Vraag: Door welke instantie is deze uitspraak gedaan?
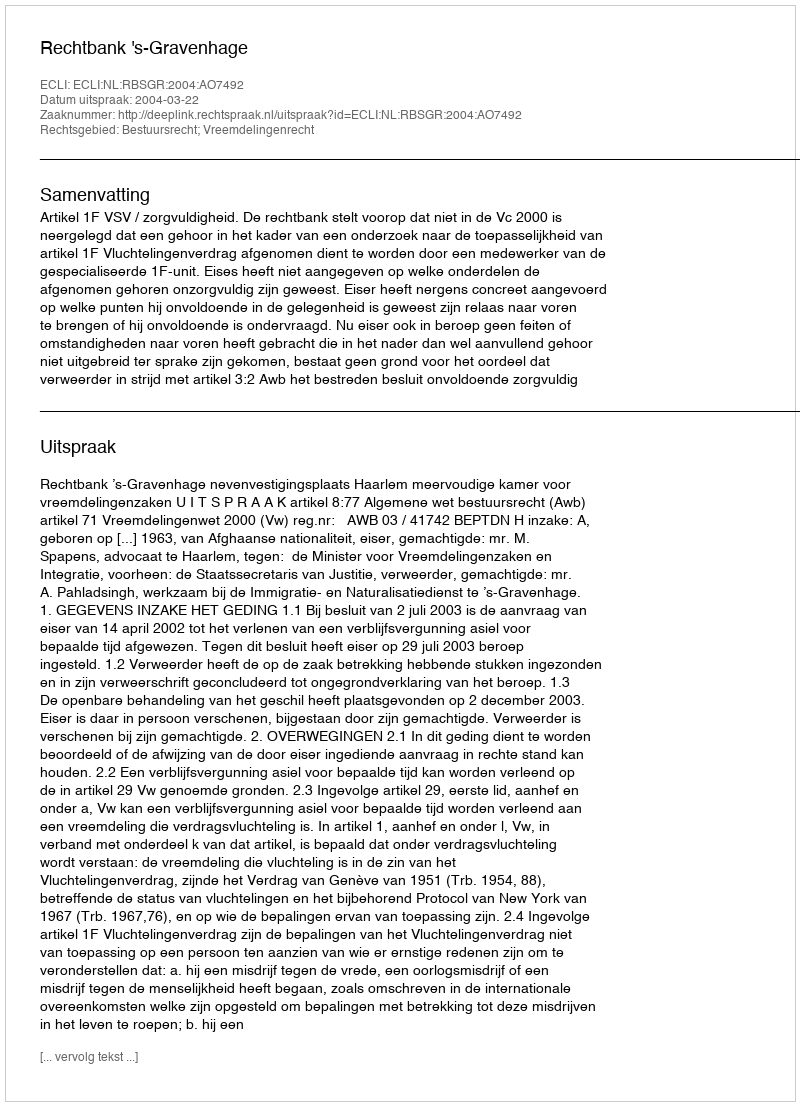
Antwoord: Rechtbank 's-Gravenhage